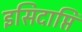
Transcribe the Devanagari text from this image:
इसिदाप्ति